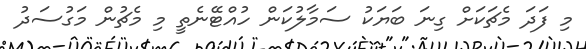
މި ފަދަ މެޗަކަށް ގިނަ ބަޔަކު ސަމާލުކަން ހުއްޓޭނެތީ މި މެޗުން މަގުސަދު